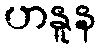
ဟနူန